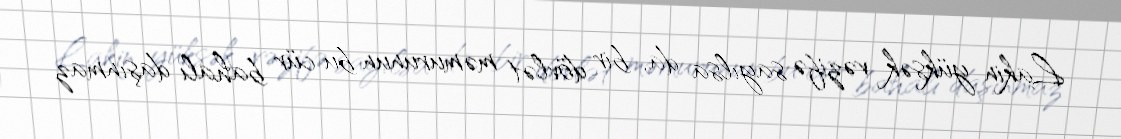
Lakin yüksək vəzifə sayılsa da, bir dövlət məmurunun bu cür bahalı daşınmaz